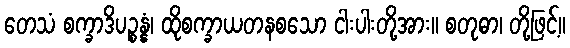
တေသံ စက္ခာဒိပဉ္စန္နံ၊ ထိုစက္ခာယတနစသော ငါးပါးတို့အား။ စတုဓာ၊ တို့ဖြင့်။